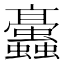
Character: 𧖁